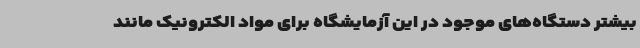
بیشتر دستگاه‌های موجود در این آزمایشگاه برای مواد الکترونیک مانند